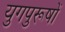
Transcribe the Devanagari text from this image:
युगपुरूषों